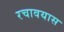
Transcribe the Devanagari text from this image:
रचावयास